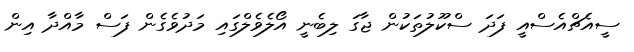
ސީއެޗްއެސްއީ ފަދަ ސްކޫލުތަކުން ޖާގަ ލިބެނީ އޯލެވެލްގައި މަދުވެގެން ފަސް މާއްދާ އިން